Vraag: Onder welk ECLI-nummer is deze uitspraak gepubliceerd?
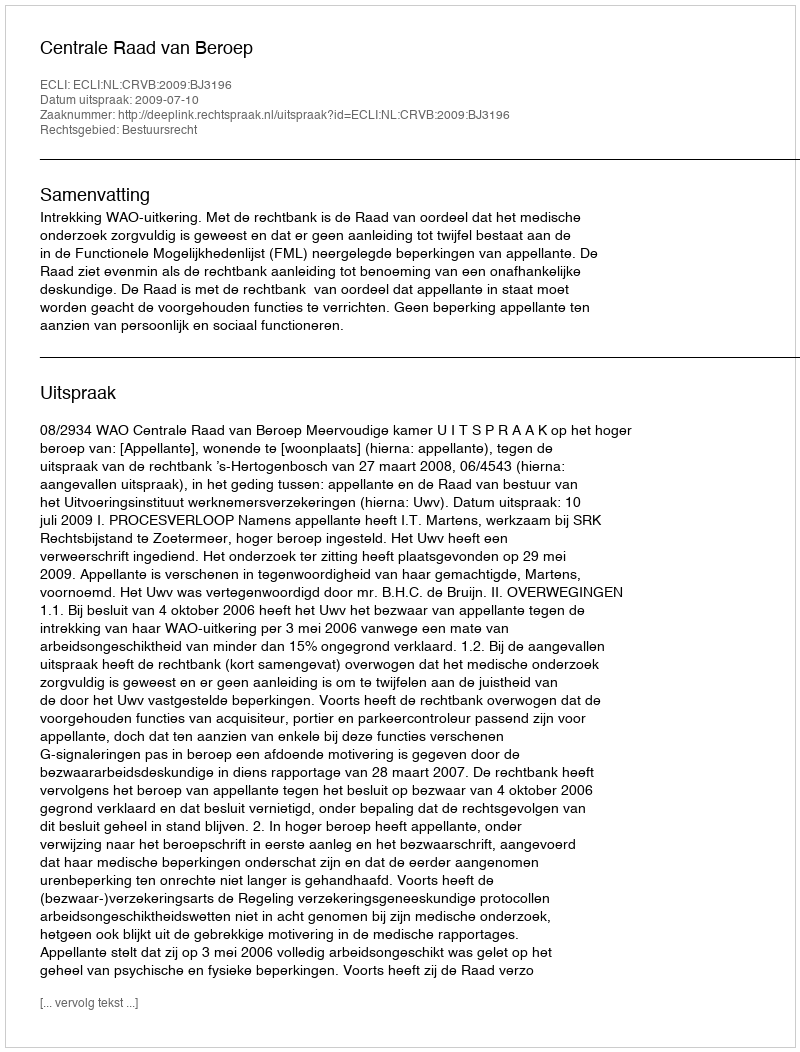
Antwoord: ECLI:NL:CRVB:2009:BJ3196